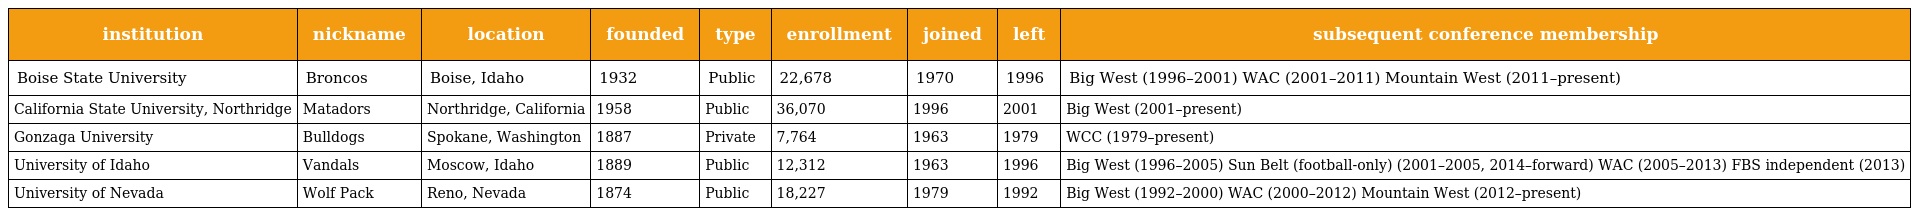
| institution | nickname | location | founded | type | enrollment | joined | left | subsequent conference membership |
 | --- | --- | --- | --- | --- | --- | --- | --- | --- |
 | Boise State University | Broncos | Boise, Idaho | 1932 | Public | 22,678 | 1970 | 1996 | Big West (1996–2001) WAC (2001–2011) Mountain West (2011–present) |
 | California State University, Northridge | Matadors | Northridge, California | 1958 | Public | 36,070 | 1996 | 2001 | Big West (2001–present) |
 | Gonzaga University | Bulldogs | Spokane, Washington | 1887 | Private | 7,764 | 1963 | 1979 | WCC (1979–present) |
 | University of Idaho | Vandals | Moscow, Idaho | 1889 | Public | 12,312 | 1963 | 1996 | Big West (1996–2005) Sun Belt (football-only) (2001–2005, 2014–forward) WAC (2005–2013) FBS independent (2013) |
 | University of Nevada | Wolf Pack | Reno, Nevada | 1874 | Public | 18,227 | 1979 | 1992 | Big West (1992–2000) WAC (2000–2012) Mountain West (2012–present) |